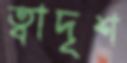
ত্বাদৃশ